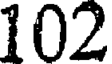
102